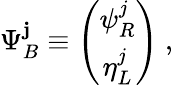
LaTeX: \Psi_{B}^{\mathbf{j}}\equiv\left(\begin{array}{c}{{\psi_{R}^{j}}}\\ {{\eta_{L}^{j}}}\end{array}\right)~,